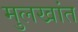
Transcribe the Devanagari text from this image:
मुलखांत